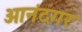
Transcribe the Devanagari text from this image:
आनंदगर